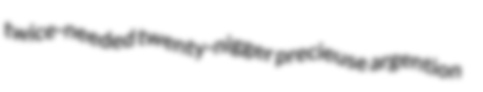
twice-needed twenty-nigger precieuse argention